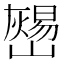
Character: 𡾎